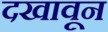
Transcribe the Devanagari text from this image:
दखावून